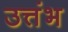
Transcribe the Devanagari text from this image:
उत्तंभ